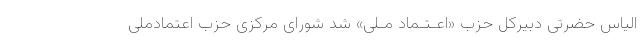
الیاس حضرتی دبیرکل حزب «اعـتـماد مـلی» شد شورای مرکزی حزب اعتمادملی